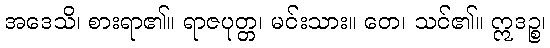
အဒေသိ၊ စားရာ၏။ ရာဇပုတ္တ၊ မင်းသား။ တေ၊ သင်၏။ ဣဒဉ္စ၊